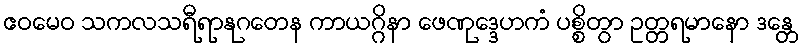
ဧဝမေဝ သကလသရီရာနုဂတေန ကာယဂ္ဂိနာ ဖေဏုဒ္ဒေဟကံ ပစ္စိတွာ ဥတ္တရမာနော ဒန္တေ